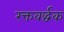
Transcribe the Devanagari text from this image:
रक्तवर्द्धक